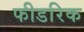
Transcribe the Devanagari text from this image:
फीडरिक